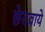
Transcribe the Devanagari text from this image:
छेदवाये